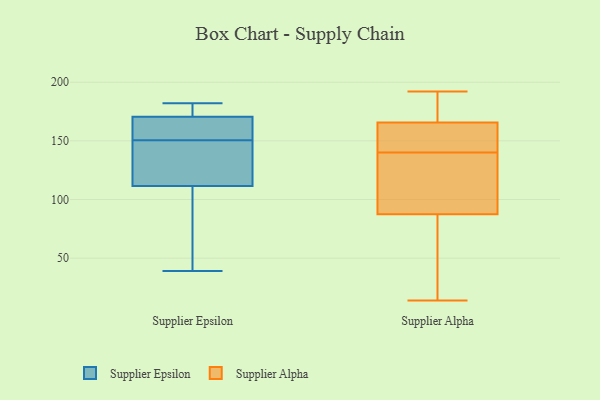
{"axis": {"x": "Population (Million)", "y": "Value"}, "legend": ["Supplier Alpha", "Supplier Epsilon"], "data": [{"x": "", "y": 165, "type": "Supplier Epsilon"}, {"x": "", "y": 171, "type": "Supplier Epsilon"}, {"x": "", "y": 129, "type": "Supplier Epsilon"}, {"x": "", "y": 175, "type": "Supplier Epsilon"}, {"x": "", "y": 182, "type": "Supplier Epsilon"}, {"x": "", "y": 94, "type": "Supplier Epsilon"}, {"x": "", "y": 170, "type": "Supplier Epsilon"}, {"x": "", "y": 136, "type": "Supplier Epsilon"}, {"x": "", "y": 131, "type": "Supplier Epsilon"}, {"x": "", "y": 39, "type": "Supplier Epsilon"}, {"x": "", "y": 169, "type": "Supplier Epsilon"}, {"x": "", "y": 71, "type": "Supplier Epsilon"}, {"x": "", "y": 162, "type": "Supplier Alpha"}, {"x": "", "y": 119, "type": "Supplier Alpha"}, {"x": "", "y": 167, "type": "Supplier Alpha"}, {"x": "", "y": 140, "type": "Supplier Alpha"}, {"x": "", "y": 178, "type": "Supplier Alpha"}, {"x": "", "y": 157, "type": "Supplier Alpha"}, {"x": "", "y": 73, "type": "Supplier Alpha"}, {"x": "", "y": 134, "type": "Supplier Alpha"}, {"x": "", "y": 14, "type": "Supplier Alpha"}, {"x": "", "y": 77, "type": "Supplier Alpha"}, {"x": "", "y": 192, "type": "Supplier Alpha"}]}